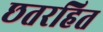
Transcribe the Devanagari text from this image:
छतरहित